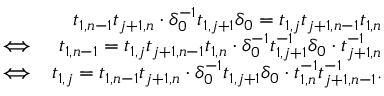
\begin{array} { r l r } & { } & { t _ { 1 , n - 1 } t _ { j + 1 , n } \cdot \delta _ { 0 } ^ { - 1 } t _ { 1 , j + 1 } \delta _ { 0 } = t _ { 1 , j } t _ { j + 1 , n - 1 } t _ { 1 , n } } \\ & { \Longleftrightarrow } & { t _ { 1 , n - 1 } = t _ { 1 , j } t _ { j + 1 , n - 1 } t _ { 1 , n } \cdot \delta _ { 0 } ^ { - 1 } t _ { 1 , j + 1 } ^ { - 1 } \delta _ { 0 } \cdot t _ { j + 1 , n } ^ { - 1 } } \\ & { \Longleftrightarrow } & { t _ { 1 , j } = t _ { 1 , n - 1 } t _ { j + 1 , n } \cdot \delta _ { 0 } ^ { - 1 } t _ { 1 , j + 1 } \delta _ { 0 } \cdot t _ { 1 , n } ^ { - 1 } t _ { j + 1 , n - 1 } ^ { - 1 } . } \end{array}